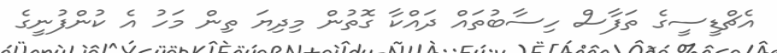
އެޗްޑީސީގެ ތަފާސް ހިސާބުތައް ދައްކާ ގޮތުން މިދިޔަ ތިން މަހު އެ ކުންފުނީގެ